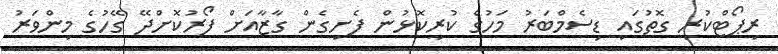
ރިޕޯޓްކުރި ގޮތުގައި ޑިސެމްބަރު މަހުގެ ކުރީކޮޅުން ފެށިގެން ގާޒާއަށް ފޯރުކޮށްދޭ ގޭހުގެ މިންވަރު